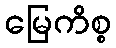
မြေကိစ္စ